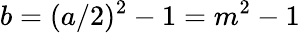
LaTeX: b=(a/2)^{2}-1=m^{2}-1